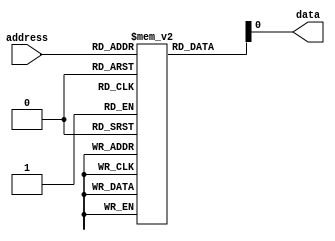
module AntiFuseROM (
    input wire [7:0] address,
    output reg data
);

reg [7:0] memory [0:255]; // 256 memory cells
reg [7:0] decoder;

always @ (address)
begin
    decoder = address;
    data = memory[decoder];
end

initial
begin
    // Programming circuitry to blow anti-fuses during initialization
    // Ensure data integrity
    // Organize memory blocks in rows and columns for efficient access
end

endmodule